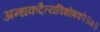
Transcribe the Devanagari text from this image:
अन्धकदैत्यविशोषकरे॥२॥